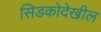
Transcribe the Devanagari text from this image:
सिडकोदेखील